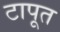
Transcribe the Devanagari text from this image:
टापूत